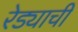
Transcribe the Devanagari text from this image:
रेड्याची